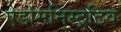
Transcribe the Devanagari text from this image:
ऐडमिनिस्ट्रटिव